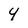
Character: 4